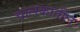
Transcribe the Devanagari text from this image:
चालकातील